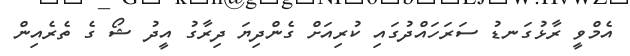
އެމްވީ ރާޅުގަނޑު ސަރަހައްދުގައި ކުރިއަށް ގެންދިޔަ ދިރާގު އީދު ޝޯ ގެ ތެރެއިން